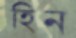
হিন